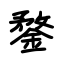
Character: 鍪